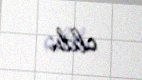
oldu.